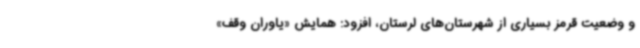
و وضعیت قرمز بسیاری از شهرستان‌های لرستان، افزود: همایش «یاوران وقف»